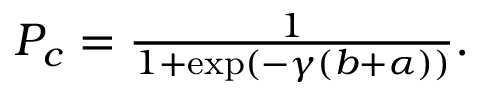
\begin{array} { r } { P _ { c } = \frac { 1 } { 1 + \exp ( - \gamma ( b + \alpha ) ) } . } \end{array}